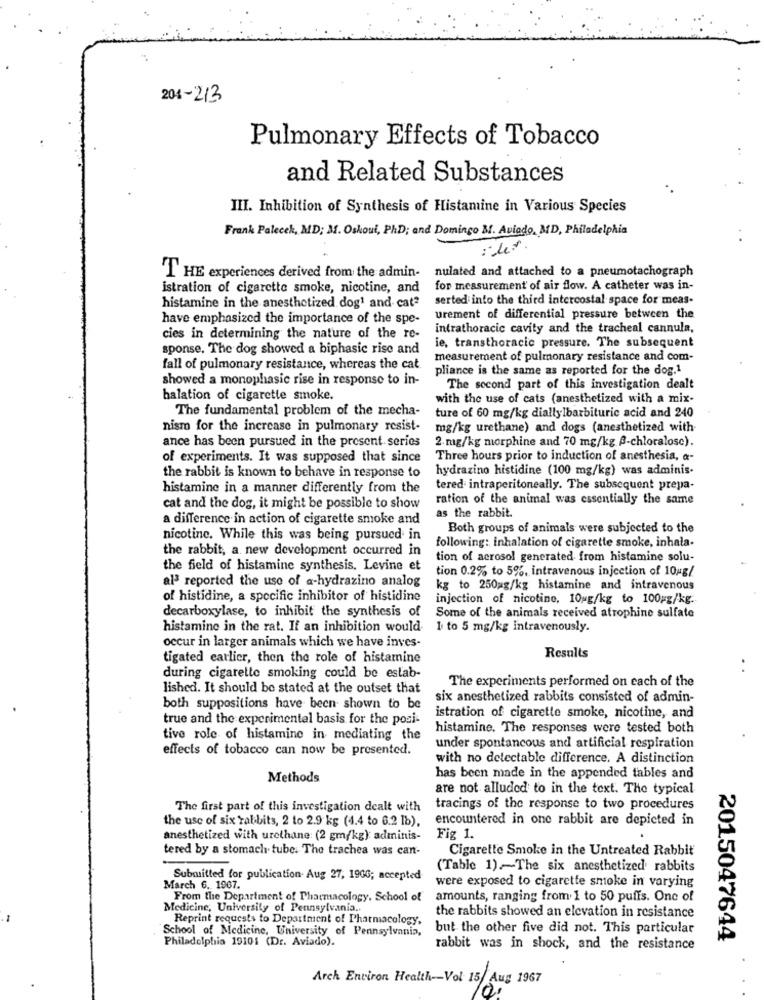
201-2/3
Pulmonary Effects of Tobacco
and Related Substances
III. Inhibition of Synthesis of Histamine in Various Species
Frank Palecek, MD; M. Oskoui, PhD; and Domingo &. Aviado, MD, Philadelphia
nulated and attached to a pneumotachograph
T HE experiences derived from the admin-
istration of cigarette smoke, nicotine, and
for measurement of air flow. A catheter was in-
serted into the third intercostal space for meas-
histamine in the anesthetized dog1 and cat?
have emphasized the importance of the spe-
urement of differential pressure between the
intrathoracic cavity and the tracheal cannula,
cies in determining the nature of the re-
sponse. The dog showed a biphasic rise and
ie, transthoracic pressure. The subsequent
measurement of pulmonary resistance and com-
fall of pulmonary resistance, whereas the cat
pliance is the same as reported for the dog.1
showed a monophasic rise in response to in-
The second part of this investigation dealt
halation of cigarette smoke.
with the use of cats (anesthetized with a mix-
The fundamental problem of the mecha-
ture of 60 mg/kg diallylbarbituric acid and 240
nismo for the increase in pulmonary resist-
mg/kg urethane) and dogs (anesthetized with
ance has been pursued in the present series
2 mg/kg morphine and 70 mg/kg f-chloralosc).
of experiments. It was supposed that since
Three hours prior to induction of anesthesia, a-
hydrazino histidine (100 mg/kg) was adminis-
the rabbit is known to behave in response to
histamine in a manner differently from the
tered intraperitoneally. The subsequent prepa-
ration of the animal was essentially the same
cat and the dog, it might be possible to show
as the rabbit.
a difference in action of cigarette smoke and
Both groups of animals were subjected to the
nicotine. While this was being pursued in
following: inhalation of cigarette smoke, inhala.
the rabbit, a new development occurred in
tion of aerosol generated from histamine solu-
the field of histamine synthesis. Levine et
tion 0.2% to 5%, intravenous injection of 10 g/
al3 reported the use of a-hydrazino analog
kg to 250ag/kg histamine and intravenous
of histidine, a specific inhibitor of histidine
injection of nicotine, 10 g/kg to 100gg/kg.
decarboxylase, to inhibit the synthesis of
Some of the animals received atrophine sulfate
histamine in the rat. If an inhibition would
1 to 5 mg/kg intravenously.
occur in larger animals which we have inves-
tigated earlier, then the role of histamine
Results
during cigarette smoking could be estab-
The experiments performed on each of the
lished. It should be stated at the outset that
six anesthetized rabbits consisted of admin-
both suppositions have been shown to be
true and the experimental basis for the posi-
istration of cigarette smoke, nicotine, and
histamine. The responses were tested both
tive role of histamine in mediating the
effects of tobacco can now be presented.
under spontancous and artificial respiration
with no detectable difference. A distinction
Methods
has been made in the appended tables and
are not alluded to in the text. The typical
The first part of this investigation dealt with
tracings of the response to two procedures
the use of six rabbits, 2 to 2.9 kg (4.4 to 6.2 1b),
encountered in one rabbit are depicted in
anesthetized with urethane (2 gm/kg) adminis-
Fig 1.
tered by a stomach tube. The trachea was can-
Cigarette Smoke in the Untreated Rabbit
(Table 1)~The six anesthetized rabbits
Submitted for publication. Aug 27, 1900; accepted
were exposed to cigarette smoke in varying
March 6. 1967.
From the Department of Pharmacology, School of
amounts, ranging from 1 to 50 puffs. One of
Medicine, University of Pennsylvania ..
Reprint requests to Department of Pharmacology,
the rabbits showed an elevation in resistance
School of Medicine, University of Pennsylvania,
but the other five did not. This particular
Philadelphia 19101 (Dr. Aviado).
2015047644
rabbit was in shock, and the resistance
Arch Environ Health -- Vol 15/ Aug 1967